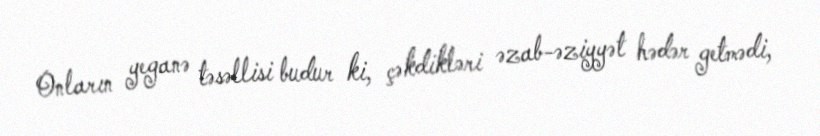
Onların yeganə təsəllisi budur ki, çəkdikləri əzab-əziyyət hədər getmədi,